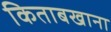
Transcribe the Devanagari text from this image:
किताबखाना